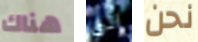
هناك الى نحن